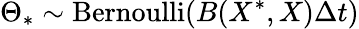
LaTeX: \Theta_{\ast}\sim\operatorname{Bernoulli}\! \left(B(X^{\ast},X)\Delta{t}\right)